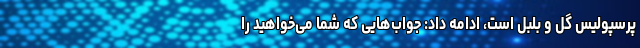
پرسپولیس گل و بلبل است، ادامه داد: جواب‌هایی که شما می‌خواهید را